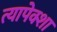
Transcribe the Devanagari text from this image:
त्यापेक्शा